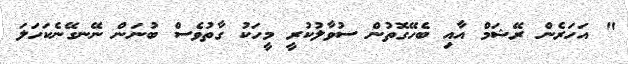
" އަހަރެން ރޭޝަމް އާއި ބެހޭގޮތުން ސުވާލުކުރީ މީހަކު ގާތުވެސް ބުނަން ނޭނގޭނެކަހަލަ